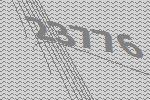
23776